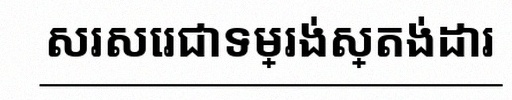
សរសេរជាទម្រង់ស្តង់ដារ